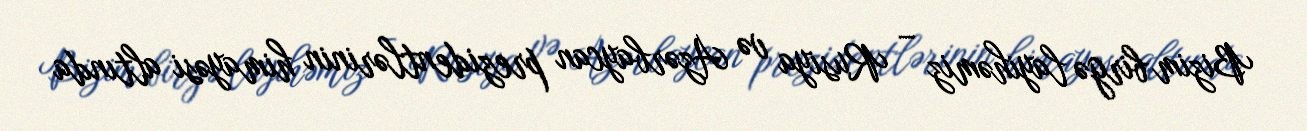
Bizim birgə layihəmiz – Rusiya və Azərbaycan prezidentlərinin himayəsi altında